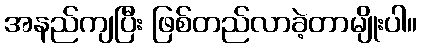
အနည်ကျပြီး ဖြစ်တည်လာခဲ့တာမျိုးပါ။